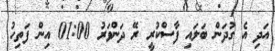
އަދި އެ ގުދަން ބަލައި ފާސްކުރީ ރޭ ދަންވަރު 01:00 އިން ފަތިހު